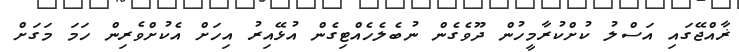
ޜާއްޖޭގައި އަސްލު ކުށްކުރާމީހުން ދޫވެގެން ނުބެލެހެއްޓިގެން އުޅޭއިރު އިހަށް އެކުށްވެރިން ހަމަ މަގަށް